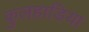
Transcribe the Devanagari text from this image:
कुलहाडिया